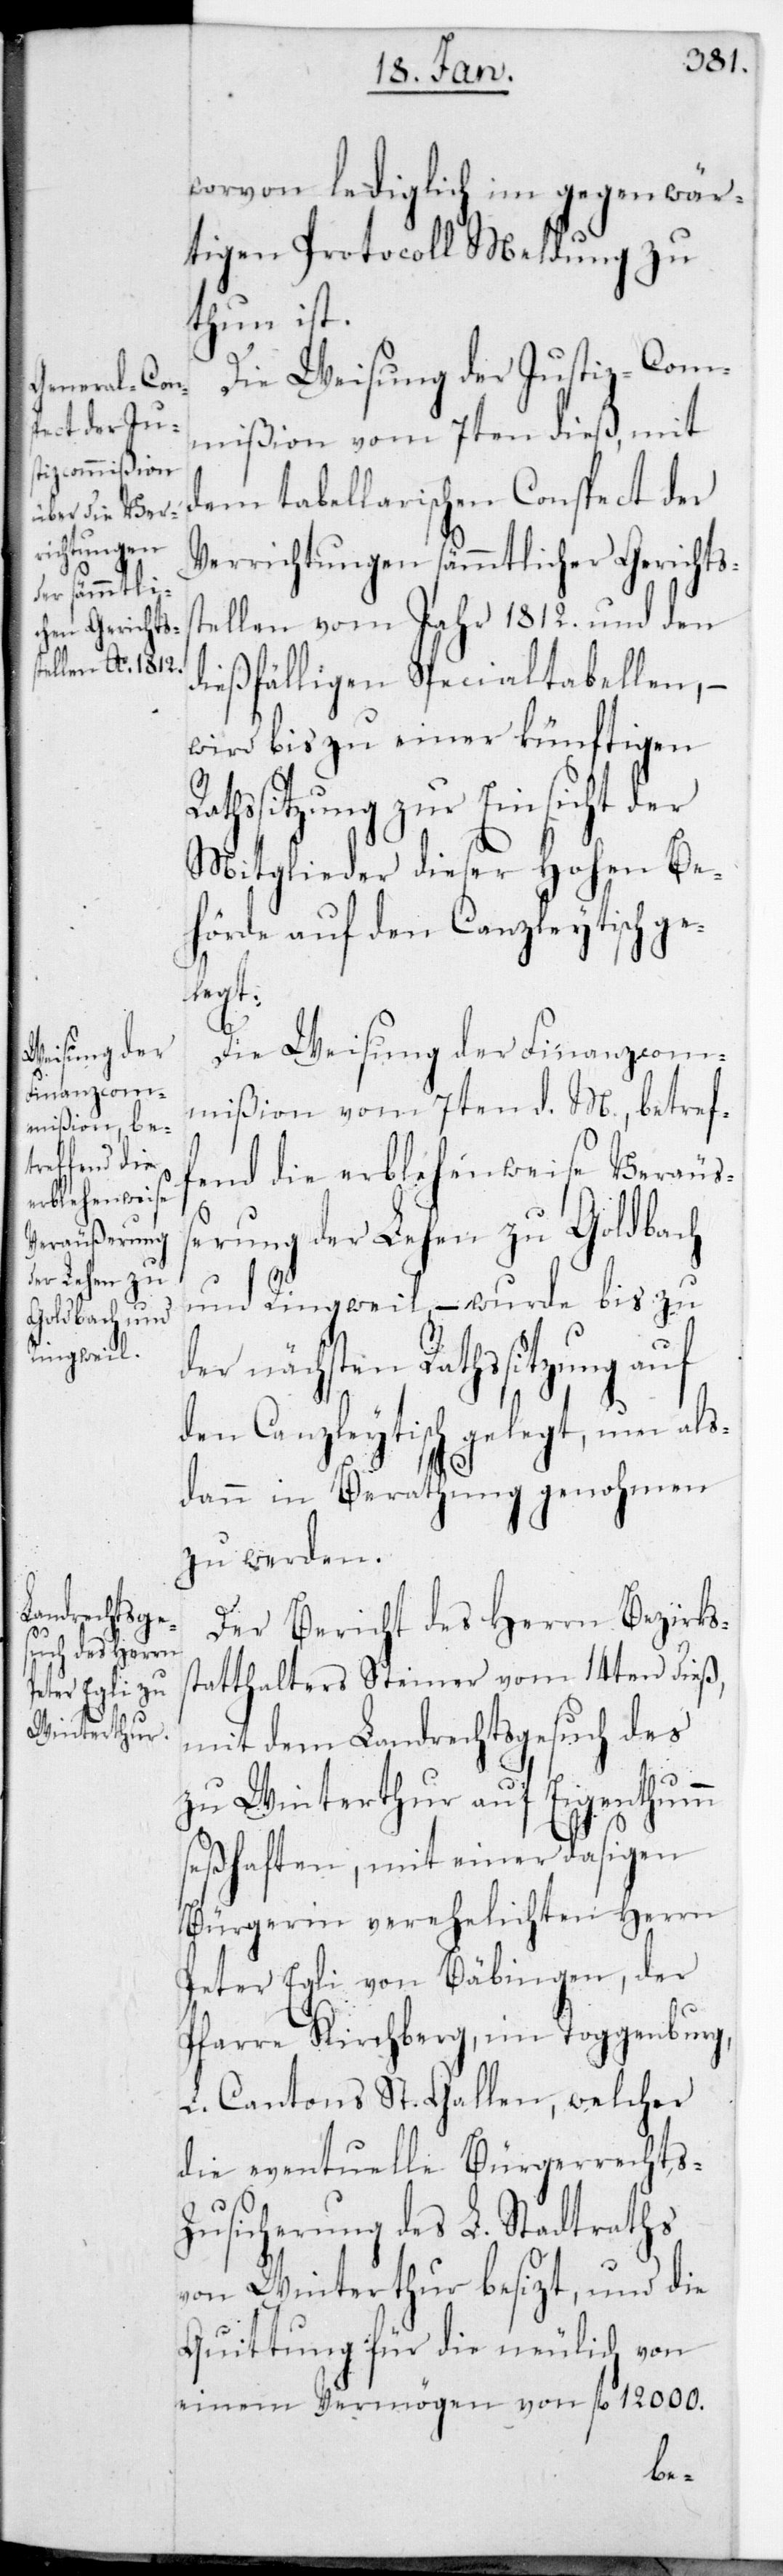
worvon lediglich im gegenwär¬
tigen Protokoll Meldung zu
thun ist.
Die Weisung der Justizcom¬
mißion vom 7ten dieß, mit
dem tabellarischen Conspect der
Verrichtungen sämmtlicher Gerichts¬
tellen vom Jahr 1812. und den
dießfälligen Spezialtabellen, –
wird bis zu einer künftigen
Rathssitzung zur Einsicht der
Mitglieder dieser Hohen Be¬
hörde auf den Canzleytisch ge¬
legt.
Die Weisung der Finanzcom¬
mißion vom 7ten d. M., betref¬
fend die erblehenweise Veräuß¬
erung der Lehen zu Goldbach
und Ringweil, – wurde bis zu
der nächsten Rathssitzung auf
den Canzleytisch gelegt, um als¬
dann in Berathung genohmen
zu werden.
Der Bericht des Herrn Bezirks¬
statthalters Steiner vom 14ten dieß,
mit dem Landrechtsgesuch des
zu Winterthur auf Eigenthum
seßhaften, mit einer dasigen
Bürgerin verehelichten Herrn
Peter Egli von Bäbingen, der
s¬
Pfarre Kirchberg im Toggenburg,
L. Cantons St. Gallen, welcher
die eventuelle Bürgerrechts-Z¬
usicherung des L. Stadtraths
von Winterthur besitzt, und die
Quittung für die neulich von
einem Vermögen von fl. 12 000.